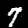
Label: 7